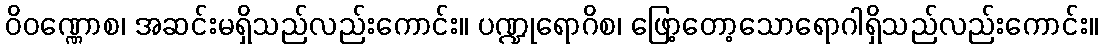
ဝိဝဏ္ဏောစ၊ အဆင်းမရှိသည်လည်းကောင်း။ ပဏ္ဍုရောဂိစ၊ ဖြော့တော့သောရောဂါရှိသည်လည်းကောင်း။